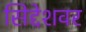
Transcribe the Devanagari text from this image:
सिद्देशवर